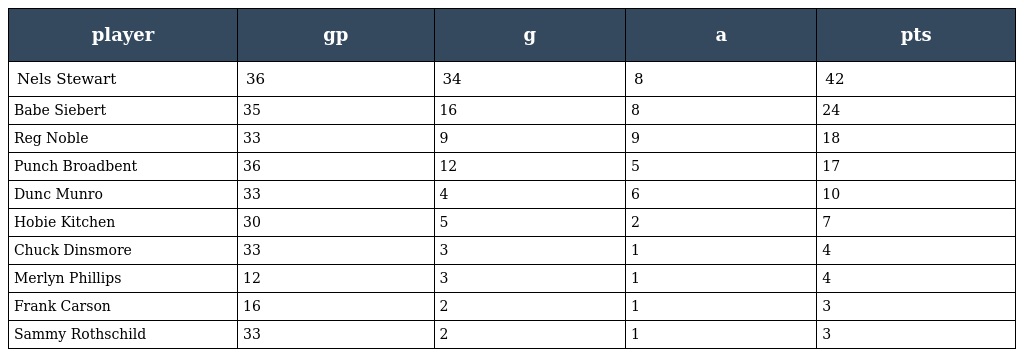
| player | gp | g | a | pts |
 | --- | --- | --- | --- | --- |
 | Nels Stewart | 36 | 34 | 8 | 42 |
 | Babe Siebert | 35 | 16 | 8 | 24 |
 | Reg Noble | 33 | 9 | 9 | 18 |
 | Punch Broadbent | 36 | 12 | 5 | 17 |
 | Dunc Munro | 33 | 4 | 6 | 10 |
 | Hobie Kitchen | 30 | 5 | 2 | 7 |
 | Chuck Dinsmore | 33 | 3 | 1 | 4 |
 | Merlyn Phillips | 12 | 3 | 1 | 4 |
 | Frank Carson | 16 | 2 | 1 | 3 |
 | Sammy Rothschild | 33 | 2 | 1 | 3 |